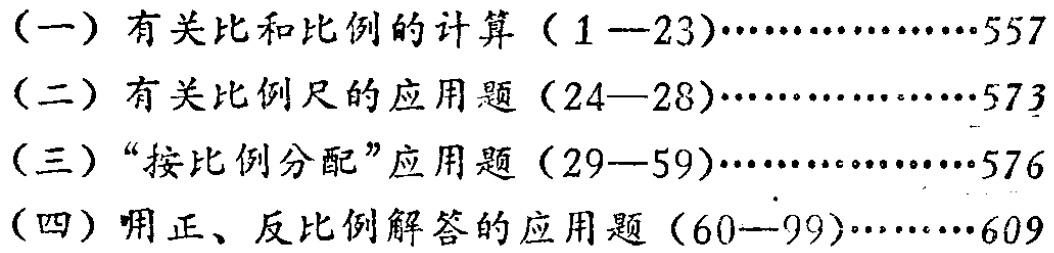
（一）有关比和比例的计算（1--23）\(\cdots\cdots\cdots\cdots\cdots557\)

（二）有关比例尺的应用题（24—28）\(\cdots\cdots\cdots\cdots\cdots573\)

（三）“按比例分配”应用题（29—59）\(\cdots\cdots\cdots\cdots\cdots576\)

（四）用正、反比例解答的应用题（60—99）\(\cdots\cdots\cdots\cdots609\)